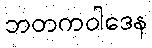
ဘတကဝါဒေန